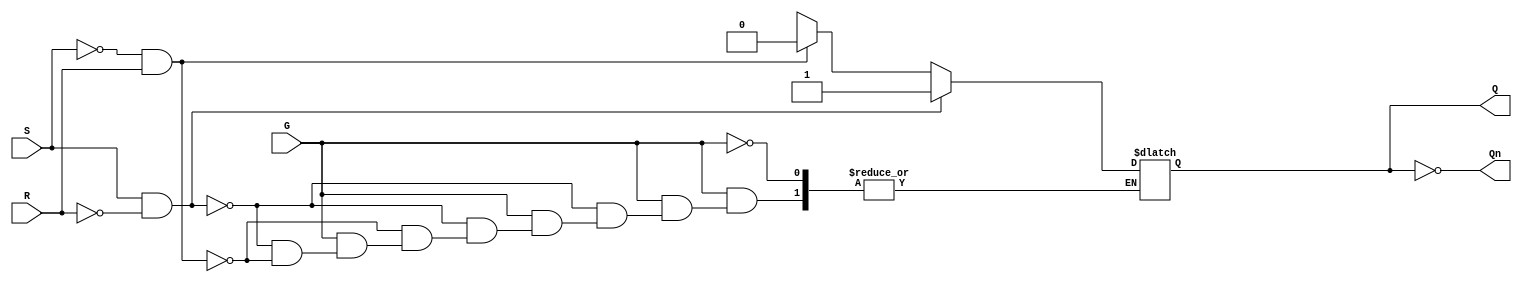
module GatedSRLatch (
    input wire S,      // Set input
    input wire R,      // Reset input
    input wire G,      // Enable signal
    output reg Q,      // Output Q
    output wire Qn     // Complementary output Q'
);

// Assign the complementary output Qn
assign Qn = ~Q;

// Always block triggered on changes to S, R, or G
always @(*) begin
    if (G) begin
        if (S && !R) begin
            Q = 1'b1;  // Set Q to 1
        end else if (!S && R) begin
            Q = 1'b0;  // Reset Q to 0
        end else if (!S && !R) begin
            // Maintain current state (do nothing)
            Q = Q;     // Hold state
        end else begin
            // Invalid state (S=1, R=1), can be handled as per design requirements
            // Here we can choose to do nothing or set Q to a known state
            // For example, we can leave it unchanged or reset it.
            // Q = 1'bx; // Set to undefined state (optional)
        end
    end
    // When G is low, retain the current state
end

endmodule